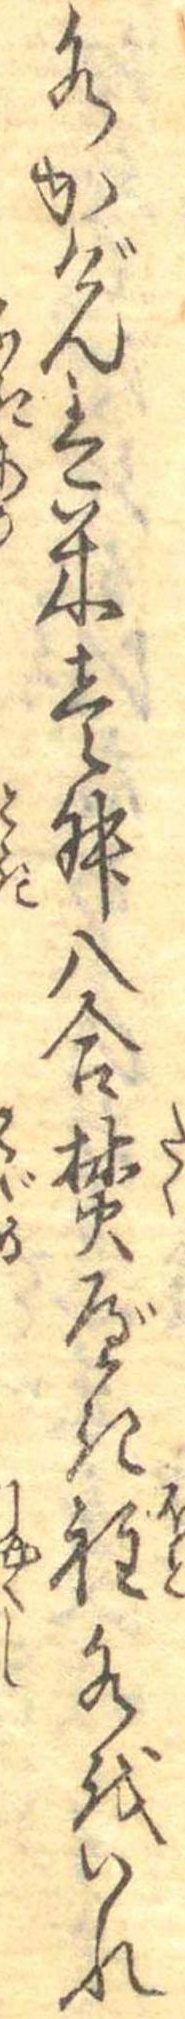
水かげんは米壱舛八合焚べき程水をいれ